Source: Handwritten
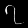
Digit: ၇ (7)